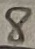
Text: 8